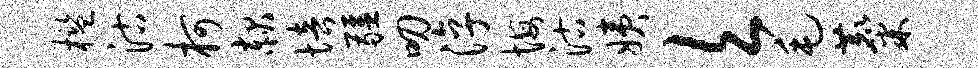
槛沽柯赧培疆叨淳悔沽姨欠毛麋